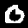
Label: 0